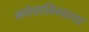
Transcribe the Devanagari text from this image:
सत्तेचाळिसाव्या